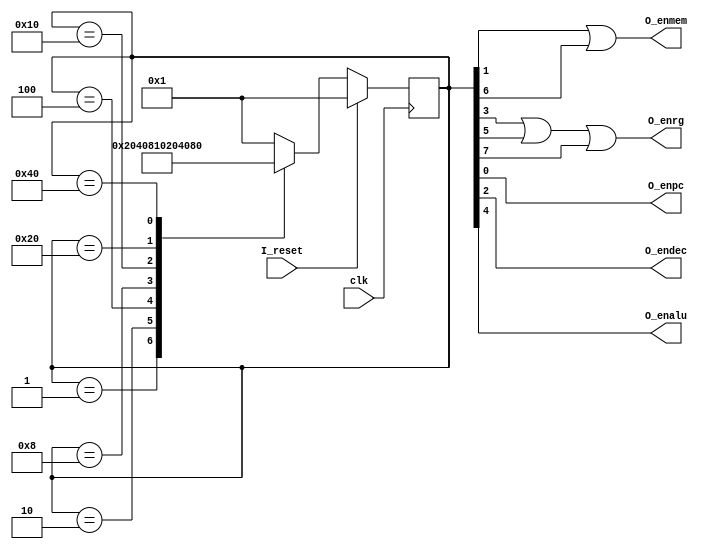
`timescale 1ns / 1ps
//////////////////////////////////////////////////////////////////////////////////
// Company: 
// Engineer: 
// 
// Design Name: 
// Module Name: Cntrl_source
// Project Name: 
// Target Devices: 
// Tool Versions: 
// Description: 
// 
// Dependencies: 
// 
// Revision:
// Revision 0.01 - File Created
// Additional Comments:
// 
//////////////////////////////////////////////////////////////////////////////////


module Cntrl_source(
                input clk,
                input I_reset,
                output O_enpc,
                output O_enmem,
                output O_endec,
                output O_enrg,
                output O_enalu

    );
    //reg declaration
reg [7:0] state;
//
initial begin
    $display( "enterd initial block in cntrl ");
    state <= 8'b0000_0001;
end
//state block
always@(posedge clk) begin 
    if(I_reset)
        state <= 8'b0000_0001;
    else begin
        case(state)
            8'b0000_0001: state <= 8'b0000_0010;
            8'b0000_0010: #2  state <= 8'b0000_0100;
            8'b0000_0100: state <= 8'b0000_1000;
            8'b0000_1000: state <= 8'b0001_0000;
            8'b0001_0000: state <= 8'b0010_0000;
            8'b0010_0000: state <= 8'b0100_0000;
            8'b0100_0000: state <= 8'b1000_0000;
            default   : state <= 8'b0000_0001;
        endcase
    end
end
//assignment enable signals
assign O_enpc = state [0];
assign O_enmem = state [1] | state [6] ;
assign O_endec = state [2];
assign O_enrg = state [3] | state [5] | state [7] ;
assign O_enalu = state [4] ;
//assign O_enrg = state [5] ;
//assign O_enmem = state [6]  ;
//assign O_enrg = state [7] ;
    
endmodule